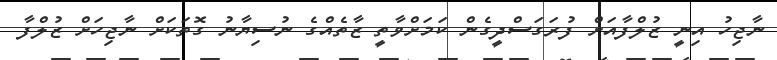
ނާޖިހު އިނީ ޒުލްފާއަށް ފުރަގަސްދީގެން ކަމަށްވާތީ ޒާތެއްގެ ނުސިޔާނު ގޮތަކަށް ނާޖިހަށް ޒުލްފާ